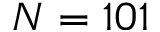
N = 1 0 1